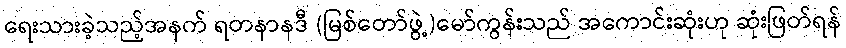
ရေးသားခဲ့သည့်အနက် ရတနာနဒီ (မြစ်တော်ဖွဲ့)မော်ကွန်းသည် အကောင်းဆုံးဟု ဆုံးဖြတ်ရန်